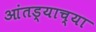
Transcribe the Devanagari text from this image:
आंतड्याच्या